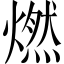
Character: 燃